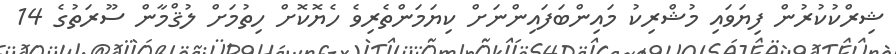
ޝިރްކުކުރުން ފިޔަވައި މުޝްރިކު މައިންބަފައިންނަށް ކިޔަމަންތެރިވެ ހެޔޮކޮށް ހިތުމަށް ލުޤްމާން ސޫރަތުގެ 14